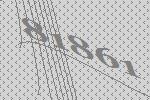
81861